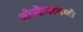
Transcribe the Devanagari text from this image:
मोन्टेमागमो